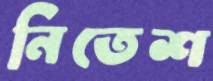
নিতেশ